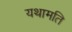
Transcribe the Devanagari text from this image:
यथामति